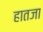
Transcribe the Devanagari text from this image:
हातजा